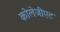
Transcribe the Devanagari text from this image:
कोलेजीएट